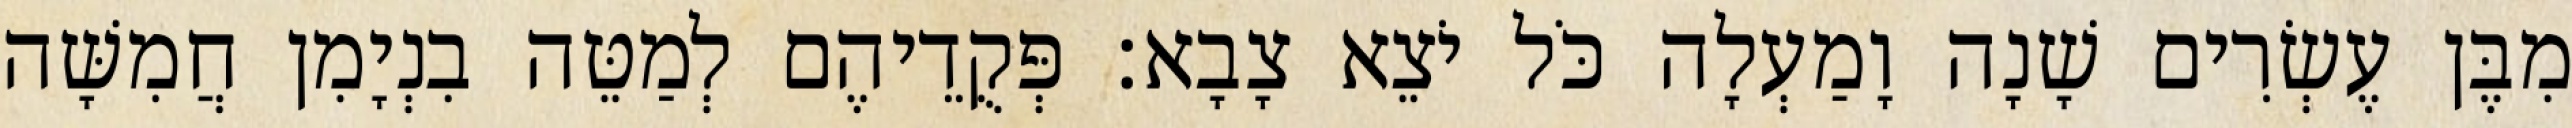
מִבֶּן עֶשְׂרִים שָׁנָה וָמַעְלָה כֹּל יֹצֵא צָבָא׃ פְּקֻדֵיהֶם לְמַטֵּה בִנְיָמִן חֲמִשָּׁה